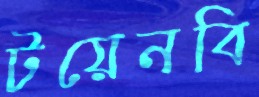
টয়েনবি